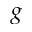
g